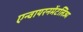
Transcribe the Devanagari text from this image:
एन्वायरनमेंटलिज्म